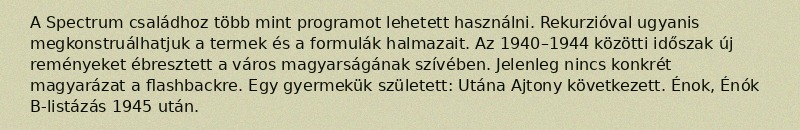
A Spectrum családhoz több mint programot lehetett használni. Rekurzióval ugyanis megkonstruálhatjuk a termek és a formulák halmazait. Az 1940–1944 közötti időszak új reményeket ébresztett a város magyarságának szívében. Jelenleg nincs konkrét magyarázat a flashbackre. Egy gyermekük született: Utána Ajtony következett. Énok, Énók B-listázás 1945 után.